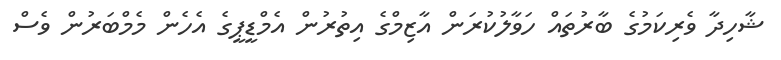
ޝާހިދާ ވެރިކަމުގެ ބާރުތައް ހަވާލުކުރަން އާޒިމްގެ އިތުރުން އެމްޑީޕީގެ އެހެން މެމްބަރުން ވެސް